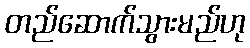
တည်ဆောက်သွားမည်ဟု